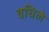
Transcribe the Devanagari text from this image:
वधिले